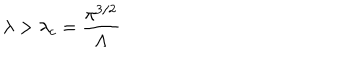
\lambda > \lambda _ { c } = \frac { \pi ^ { 3 / 2 } } { \Lambda }